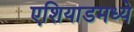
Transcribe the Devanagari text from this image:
एशियाडमध्ये